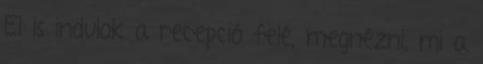
El is indulok a recepció felé, megnézni, mi a